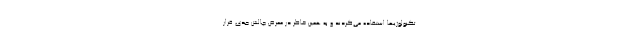
تکنولوژیها استفاده می‌کردند و به همین خاطر در معرض چالش جدی قرار